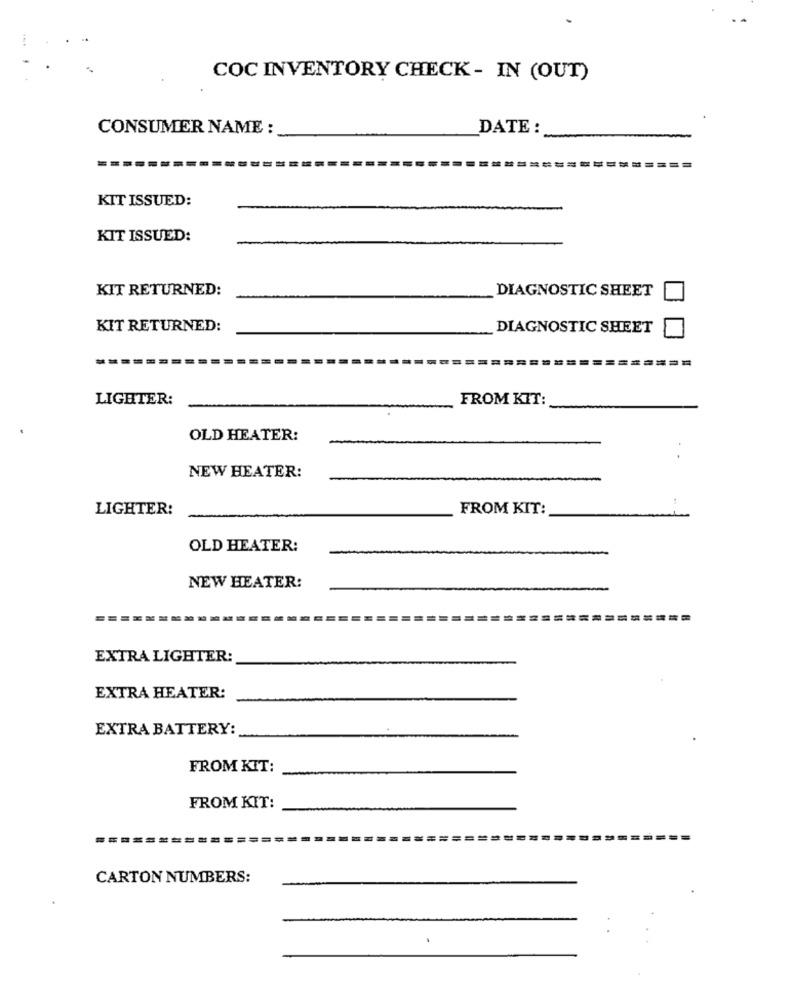
COC INVENTORY CHECK - IN (OUT)
CONSUMER NAME :
DATE :
KIT ISSUED:
KIT ISSUED:
KIT RETURNED:
DIAGNOSTIC SHEET
KIT RETURNED:
DIAGNOSTIC SHEET
LIGHTER:
FROM KIT:
OLD HEATER:
NEW HEATER:
LIGHTER:
FROM KIT:
OLD HEATER:
NEW HEATER:
EXTRA LIGHTER:
EXTRA HEATER:
EXTRA BATTERY:
FROM KIT:
FROM KIT:
CARTON NUMBERS: